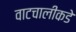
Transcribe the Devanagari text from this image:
वाटचालीकडे